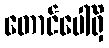
တောင်ပေါ်ရှိ